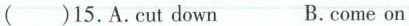
( )15.A.Cutdown B.come on